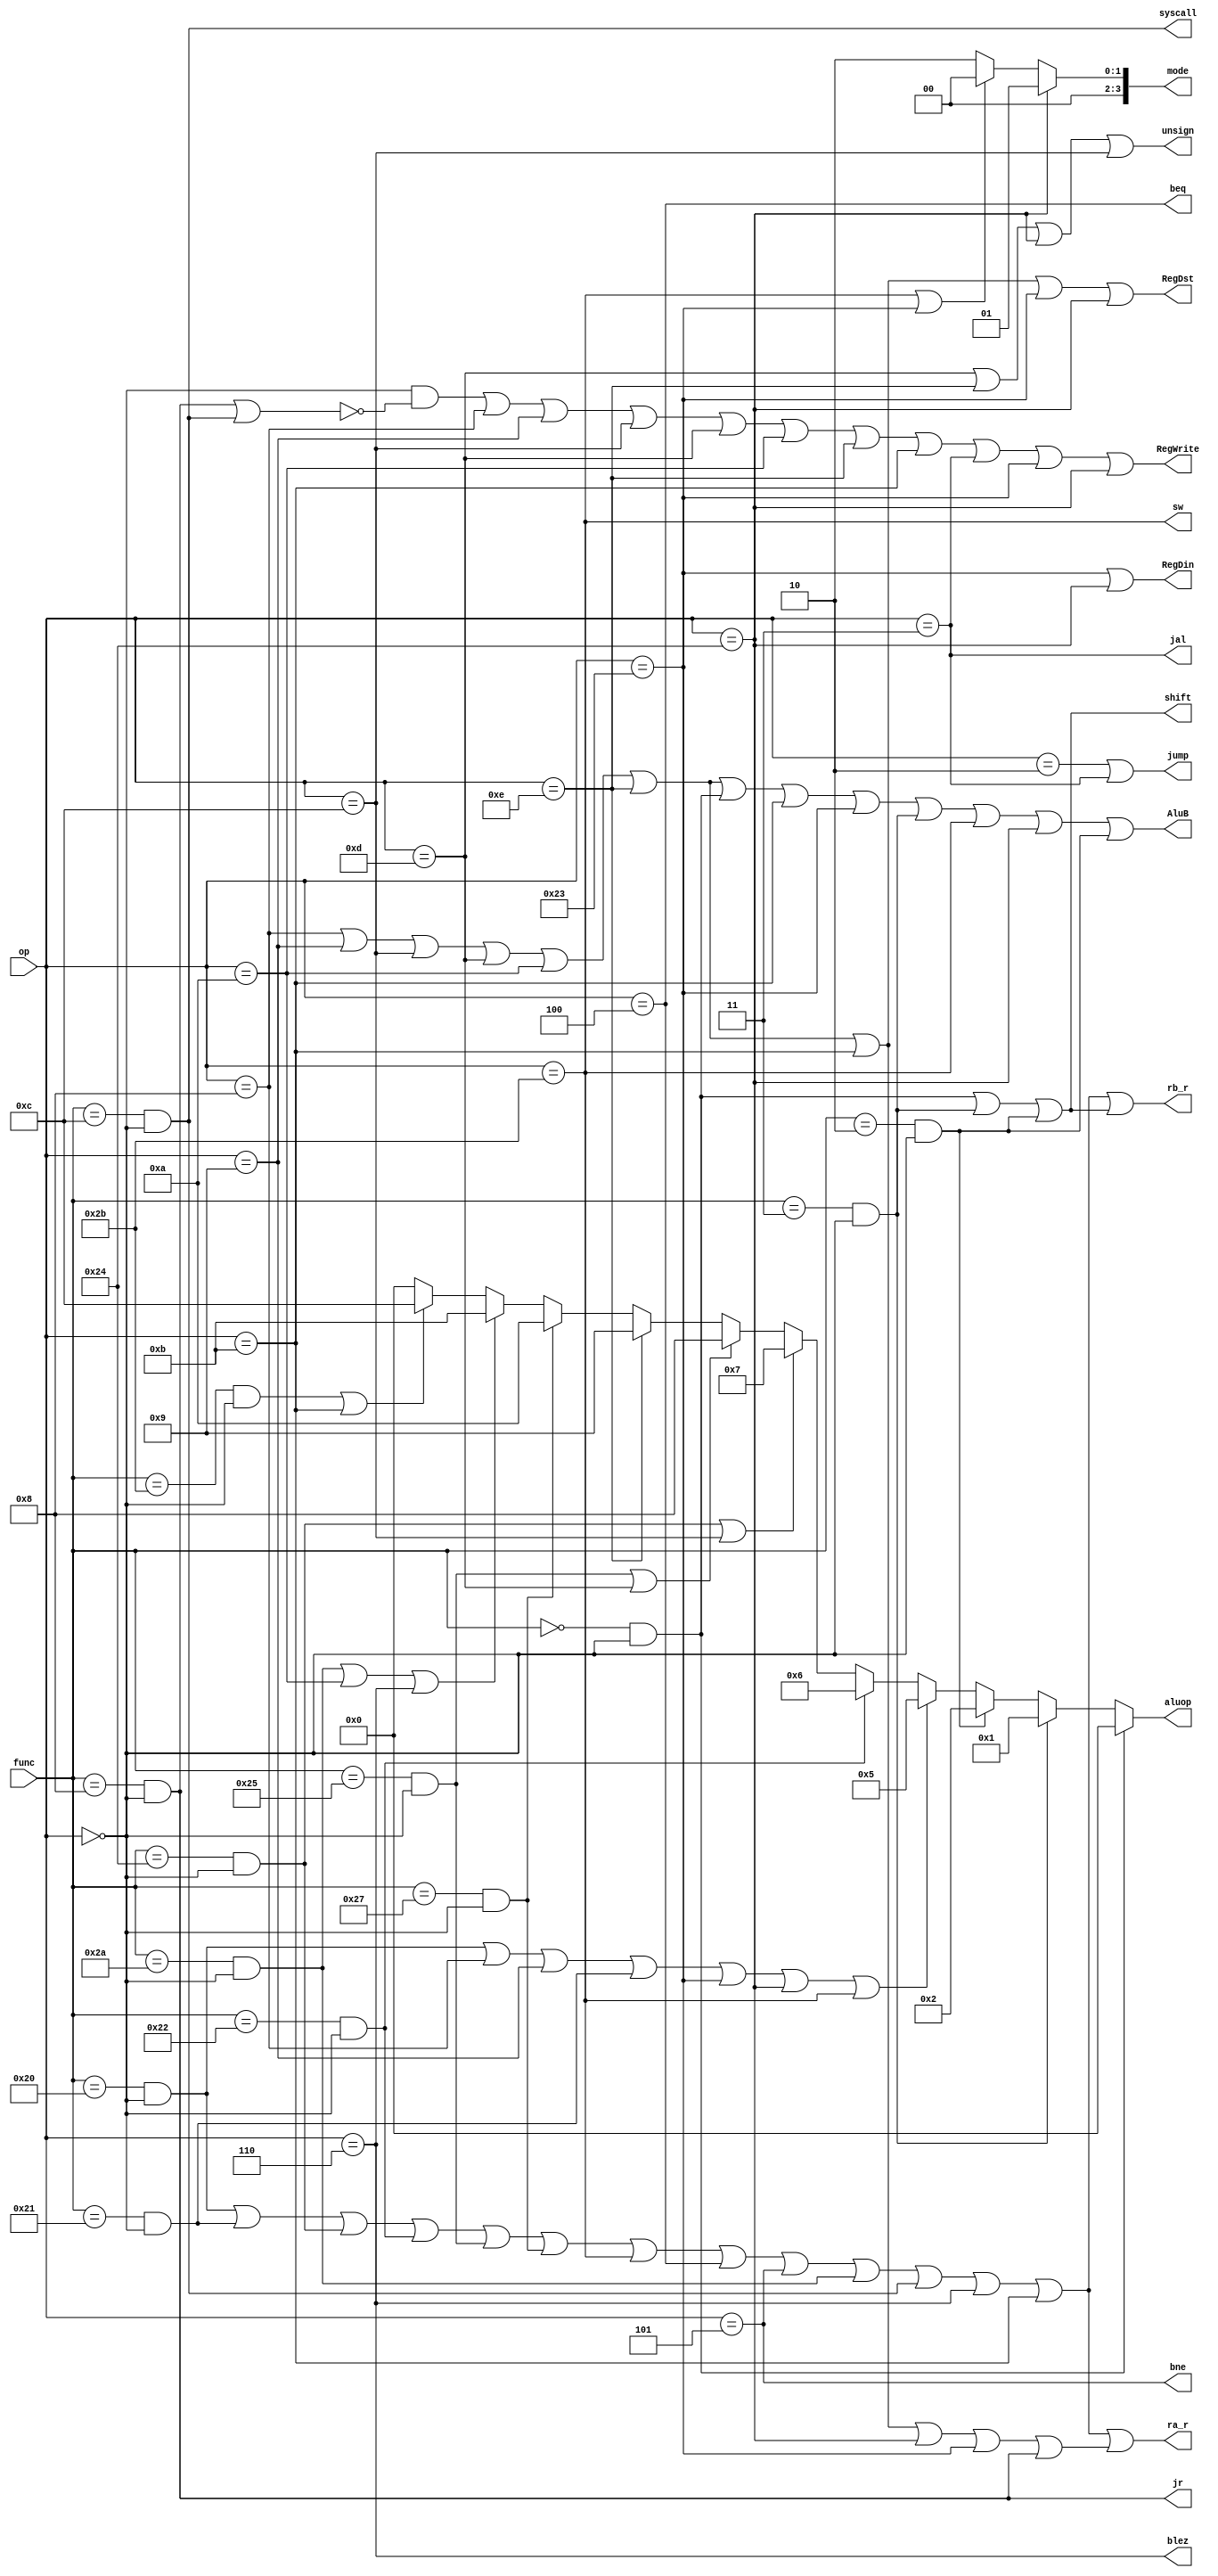
module control(
	op,func,
	jump,jal,jr,beq,bne,blez,unsign,
	RegDst,RegDin,RegWrite,sw,AluB,
	shift,syscall,mode,aluop,ra_r,rb_r
    );
	input [5:0]op,func;
	output jump,jal,jr,beq,bne,blez,unsign;
	output RegDst,RegDin,RegWrite,sw,AluB;
	output shift,syscall,ra_r,rb_r;
	output [3:0]mode,aluop;
    wire r;
    wire addi;
    wire addiu;
    wire andi;
    wire ori;
    wire slti;
    wire xori;
    wire sltiu;
    wire lw;
    wire lbu;
    wire j;
    wire add;
    wire addu;
    wire And;
    wire sll;
    wire sra;
    wire srl;
    wire sub;
    wire Or;
    wire Nor;
    wire slt;
    wire sltu;
    wire tmpsys;
    wire r1,r2,r3;
    assign r = (op==6'h00);
    assign addi = (op==6'h08);
    assign addiu = (op==6'h09);
    assign andi = (op==6'h0c);
    assign ori = (op==6'h0d);
    assign slti = (op==6'h0a);
    assign xori = (op==6'h0e);
    assign sltiu = (op==6'h0b);
    assign lw = (op==6'h23);
    assign sw = (op==6'h2b);
    assign lbu = (op==6'h24);
    assign beq = (op==6'h04);
    assign bne = (op==6'h05);
    assign blez = (op==6'h06);
    assign j = (op==6'h02);
    assign jal = (op==6'h03);

    assign add = (func==6'h20)& r;
    assign addu = (func==6'h21)& r;
    assign And = (func==6'h24)& r;
    assign sll = (func==6'h00)& r;
    assign sra = (func==6'h03)& r;
    assign srl = (func==6'h02)& r;
    assign sub = (func==6'h22)& r;
    assign Or = (func==6'h25)& r;
    assign Nor = (func==6'h27)& r;
    assign slt = (func==6'h2a)& r;
    assign sltu = (func==6'h2b)& r;
    assign jr = (func==6'h08)& r;
    assign syscall = (func==6'h0c)& r;

    assign jump = j|jal;
    assign RegDst = addi|addiu|andi|ori|slti|xori|sltiu|lw|lbu;
    assign RegDin = lw|lbu;
    assign AluB = addi|addiu|andi|ori|slti|xori|sll|sltiu|lw|sra|sw|lbu|srl;
    assign tmpsys = r & (~(jr | syscall));
    assign RegWrite = tmpsys|addi|addiu|andi|ori|slti|xori|sltiu|jal|lw|lbu;
    assign shift = sll | sra | srl;
    assign unsign = ori | xori | lbu | andi;

    assign r1 = add|addu|And|sub|Or|Nor|sw|beq|bne
    			|slt|syscall|blez|sltiu;
    assign r2 = addi|addiu|andi|ori|slti|xori|sltiu|
    			lbu|lw|jr;
    assign ra_r = r1 | r2;
    assign rb_r = r1 | shift;

    assign mode = lbu ? 4'b0001:
        (sw | lw)? 4'b0000: 4'b0010;
    assign aluop = sll ? 4'h00:
                    sra ? 4'h01:
                    srl ? 4'h02:
                    (add|addi|addiu|addu|lw|lbu|sw)? 4'h05:
                    sub? 4'h06:
                    (And|andi)? 4'h07:
                    (Or|ori)? 4'h08:
                    xori? 4'h09:
                    Nor? 4'h0a:
                    (slt|slti|blez)? 4'h0b:
                    (sltu|sltiu)? 4'h0c:4'h00;
endmodule